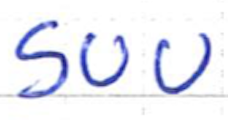
Text: SUU
Cross-out: clean
Writing tool: ballpoint